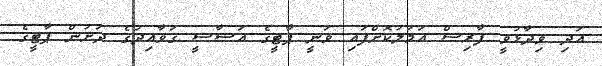
އަދި ވިދާޅުވީ ފާރިސް އަމަލުކޮށްފައި ވަނީ ޕާޓީގެ އަސާސީ ގަވާއިދުގެ ދަށުން ޕާޓީގެ